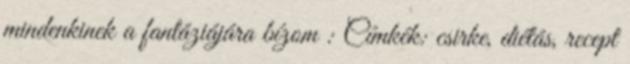
mindenkinek a fantáziájára bízom : Címkék: csirke, diétás, recept